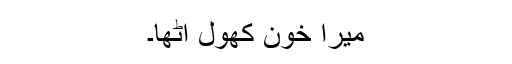
میرا خون کھول اٹھا۔